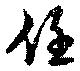
任